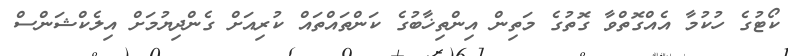
ކޯޓުގެ ހުކުމާ އެއްގޮތްވާ ގޮތުގެ މަތިން އިންތިޚާބުގެ ކަންތައްތައް ކުރިއަށް ގެންދިޔުމަށް އިލެކްޝަންސް